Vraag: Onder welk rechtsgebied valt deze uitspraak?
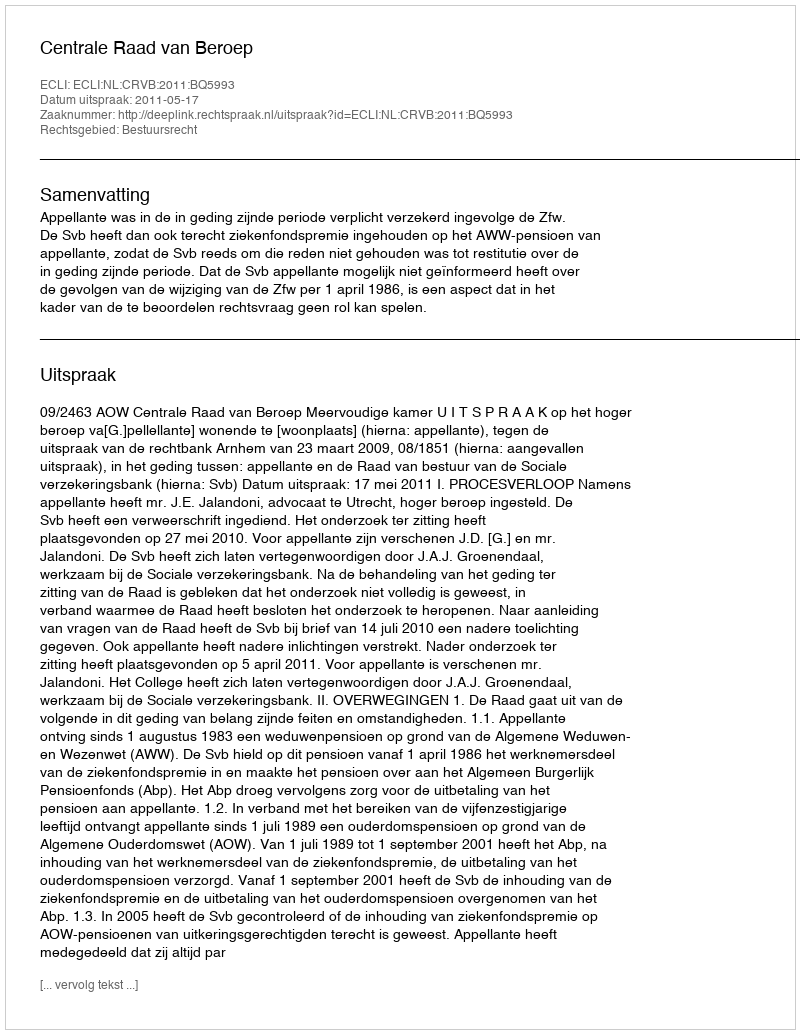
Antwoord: Bestuursrecht